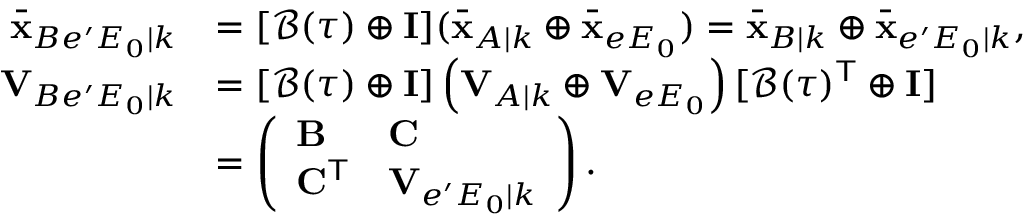
\begin{array} { r l } { \bar { \mathbf { x } } _ { B e ^ { \prime } E _ { 0 } | k } } & { = [ \mathcal { B } ( \tau ) \oplus \mathbf { I ] } ( \bar { \mathbf { x } } _ { A | k } \oplus \bar { \mathbf { x } } _ { e E _ { 0 } } ) = \bar { \mathbf { x } } _ { B | k } \oplus \bar { \mathbf { x } } _ { e ^ { \prime } E _ { 0 } | k } , } \\ { \mathbf { V } _ { B e ^ { \prime } E _ { 0 } | k } } & { = [ \mathcal { B } ( \tau ) \oplus \mathbf { I } ] \left( \mathbf { V } _ { A | k } \oplus \mathbf { V } _ { e E _ { 0 } } \right) [ \mathcal { B } ( \tau ) ^ { \mathsf { T } } \oplus \mathbf { I } ] } \\ & { = \left( \begin{array} { l l } { \mathbf { B } } & { \mathbf { C } } \\ { \mathbf { C } ^ { \mathsf { T } } } & { \mathbf { V } _ { e ^ { \prime } E _ { 0 } | k } } \end{array} \right) . } \end{array}